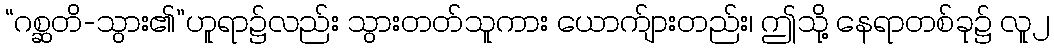
“ဂစ္ဆတိ-သွား၏”ဟူရာ၌လည်း သွားတတ်သူကား ယောက်ျားတည်း၊ ဤသို့ နေရာတစ်ခု၌ လူ၂